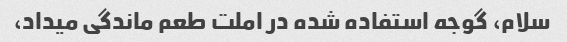
سلام، گوجه استفاده شده در املت طعم ماندگی میداد،